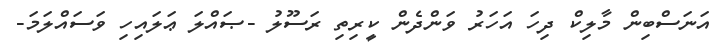
އަނަސްބިން މާލިކް ދިހަ އަހަރު ވަންދެން ކީރިތި ރަސޫލު -ޞައްލަ ޢަލައިހި ވަސައްލަމަ-